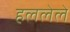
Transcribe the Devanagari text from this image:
हललेले